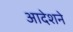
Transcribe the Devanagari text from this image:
आदेशने